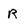
Character: R